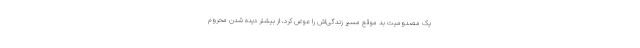
یک مصدومیت بد موقع مسیر زندگی‌اش را عوض کرد، از بیشتر دیده شدن محروم